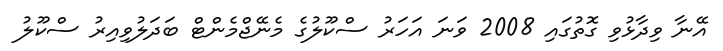
އޭނާ ވިދާޅުވި ގޮތުގައި 2008 ވަނަ އަހަރު ސްކޫލުގެ މެނޭޖްމެންޓް ބަދަލުވިއިރު ސްކޫލު